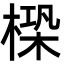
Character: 㮪